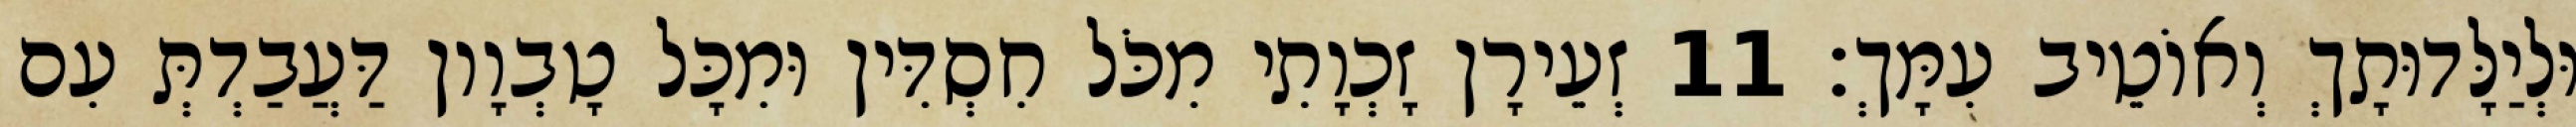
וּלְיַלָּדוּתָךְ וְאוֹטֵיב עִמָּךְ׃ 11 זְעֵירָן זָכְוָתִי מִכֹּל חִסְדִּין וּמִכָּל טָבְוָון דַּעֲבַדְתְּ עִם